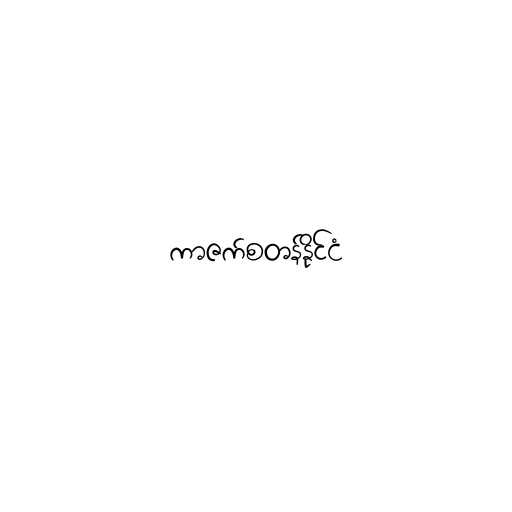
ကာဇက်စတန်နိုင်ငံ